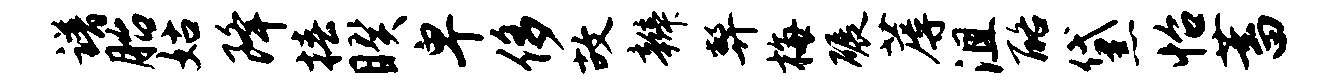
谱胎姑降椿睽卑侈故辫弊梅碾蓐沮酪黛怡蓄